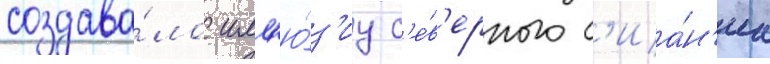
создава́ло илл'ю́з'иу с'е́в'ерного с'иа́н'иа